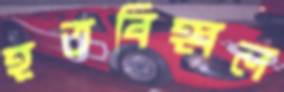
হতবিহ্বল